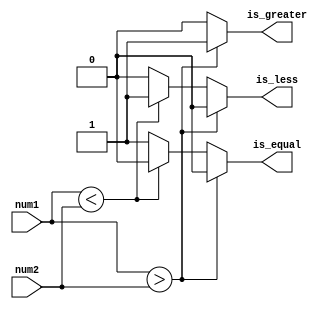
module unsigned_magnitude_comparator (
    input [3:0] num1, // Binary number 1
    input [3:0] num2, // Binary number 2
    output reg is_greater, // Output indicating if num1 is greater than num2
    output reg is_less, // Output indicating if num1 is less than num2
    output reg is_equal // Output indicating if num1 is equal to num2
);

always @(*) begin
    if (num1 > num2) begin
        is_greater = 1;
        is_less = 0;
        is_equal = 0;
    end else if (num1 < num2) begin
        is_greater = 0;
        is_less = 1;
        is_equal = 0;
    end else begin
        is_greater = 0;
        is_less = 0;
        is_equal = 1;
    end
end

endmodule